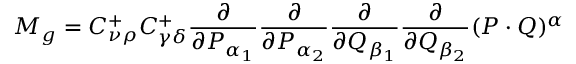
M _ { g } = C _ { \nu \rho } ^ { + } C _ { \gamma \delta } ^ { + } \frac { \partial } { \partial P _ { \alpha _ { 1 } } } \frac { \partial } { \partial P _ { \alpha _ { 2 } } } \frac { \partial } { \partial Q _ { \beta _ { 1 } } } \frac { \partial } { \partial Q _ { \beta _ { 2 } } } ( P \cdot Q ) ^ { \alpha }